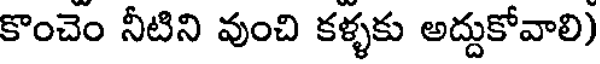
కొంచెం నీటిని వుంచి కళ్ళకు అద్దుకోవాలి)